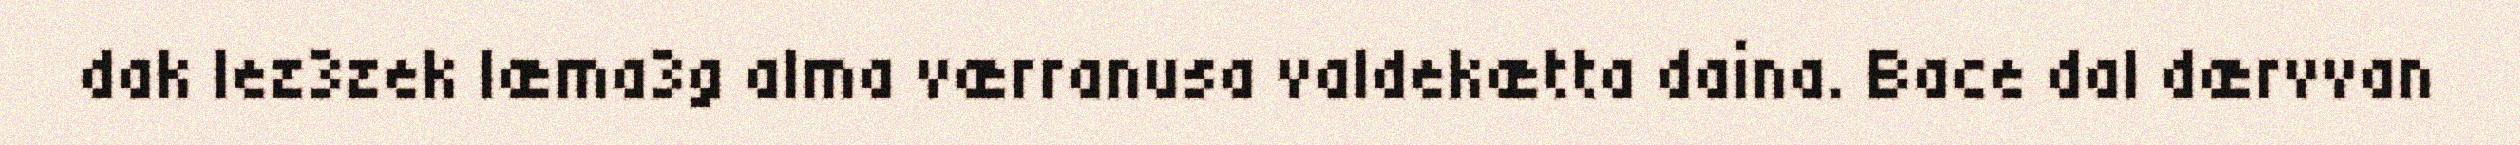
dak lez3zek læma3g alma værranusa valdekætta daina. Bace dal dærvvan